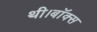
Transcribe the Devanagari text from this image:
थी।बॉक्स